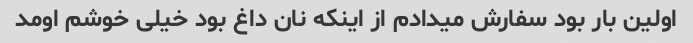
اولین بار بود سفارش میدادم از اینکه نان داغ بود خیلی خوشم اومد